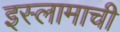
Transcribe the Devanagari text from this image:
इस्लामाची